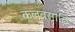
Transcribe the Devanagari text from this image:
क्लबसाठि